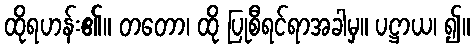
ထိုရဟန်း၏။ တတော၊ ထို ပြုစီရင်ရာအခါမှ။ ပဋ္ဌာယ၊ ၍။